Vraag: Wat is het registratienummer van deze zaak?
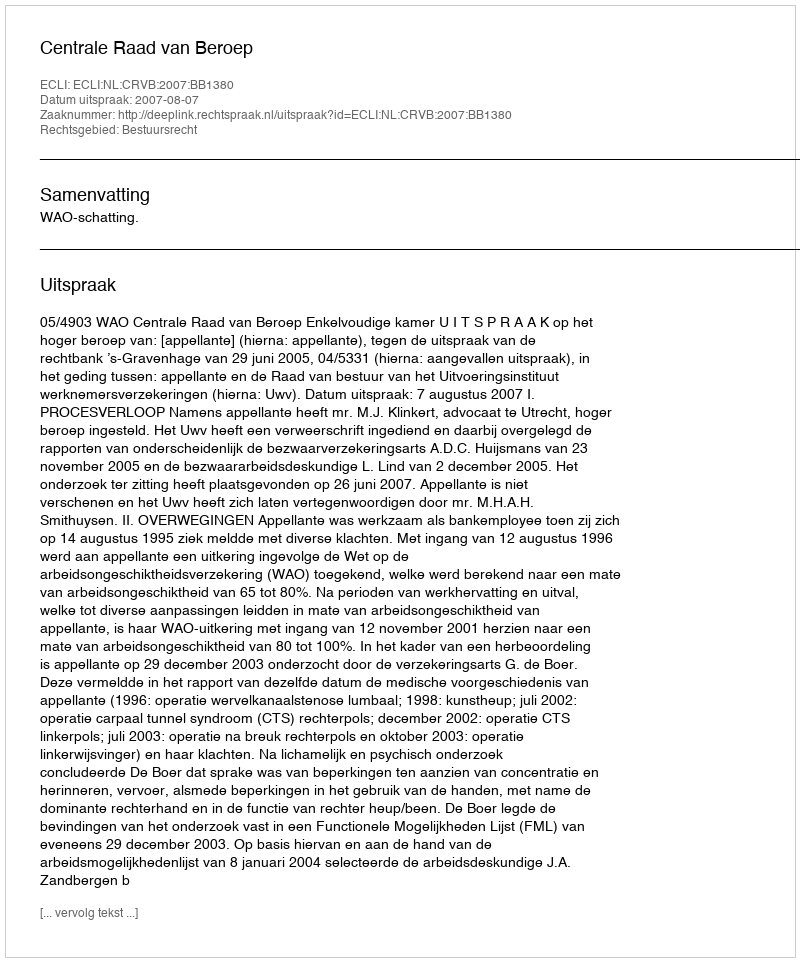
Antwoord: http://deeplink.rechtspraak.nl/uitspraak?id=ECLI:NL:CRVB:2007:BB1380